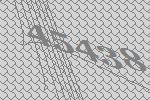
45438